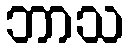
ဘာသ